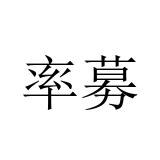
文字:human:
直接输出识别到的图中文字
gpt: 率募